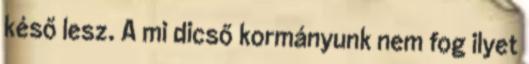
késő lesz. A mi dicső kormányunk nem fog ilyet